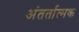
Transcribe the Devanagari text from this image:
अंतर्तात्मक